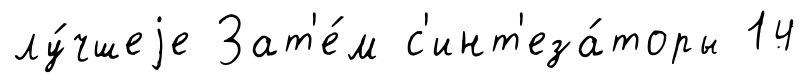
лу́чшеjе Зат'е́м с'инт'еза́торы 14